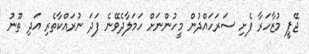
ޖޭޕީ މުޒާހަރާ ފެށި ސަރަހައްދުން މީހުންނަށް ހަމަލާދެވޭނެ ފަދަ ނުރައްކާތެރި އަދި ތޫނު